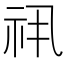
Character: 𬒯